Indian journal of veterinary science and animal husbandry - Volume 12,
Year: 1942
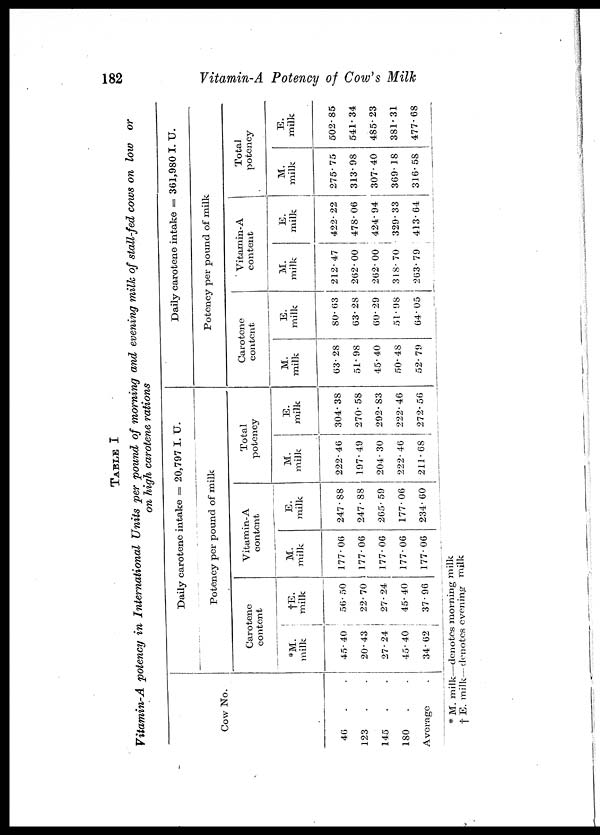
182
Vitamin-A Potency of Cow's Milk
TABLE I
Vitamin-A potency in International Units per pound of morning and evening milk of stall-fed cows on low or
on high carotene rations
Cow No.
46 . .
123 . .
145 . .
180 . .
Average .
Daily carotene intake = 20,797 I. U.
Potency per pound of milk
Carotene
content
*M.
milk
45. 40
20.43
27.24
45. 40
34. 62
†E
milk
56.50
22.70
27.24
45. 40
37.96
Vitamin-A
content
M.
milk
177.06
177.06
177.06
177.06
177.06
E.
milk
247.88
247.88
265.59
177.06
234.60
Total
potency
M.
milk
222.46
197.49
204.30
222.46
211.68
E.
milk
304.38
270.58
292.83
222.46
272.56
Daily carotene intake = 361,980 I. U.
Potency per pound of milk
Carotene
content
M.
milk
63. 28
51.98
45.40
50. 48
52.79
E.
milk
80. 63
63.28
60.29
51.98
64. 05
Vitamin-A
content
M.
milk
212.47
262.00
262.00
318.70
263.79
E.
milk
422.22
478.06
424.94
329.33
413.64
Total
potency
M.
milk
275.75
313.98
307.40
369. 18
316.58
E.
milk
502.85
541.34
485.23
381.31
477.68
* M. milk—denotes morning milk
† E. milk—denotes evening milk